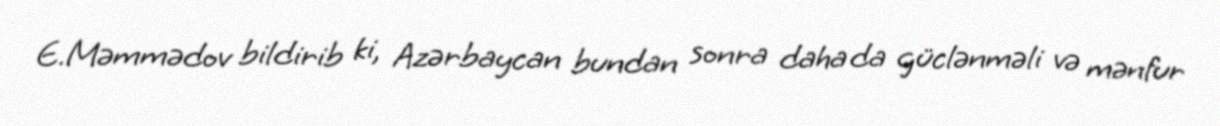
E.Məmmədov bildirib ki, Azərbaycan bundan sonra daha da güclənməli və mənfur